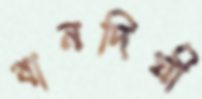
বানদিঘী